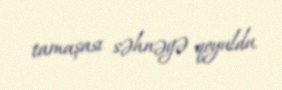
tamaşası səhnəyə qoyuldu.